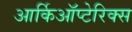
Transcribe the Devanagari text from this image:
आर्किऑप्टेरिक्स